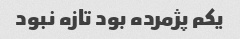
یکم پژمرده بود تازه نبود